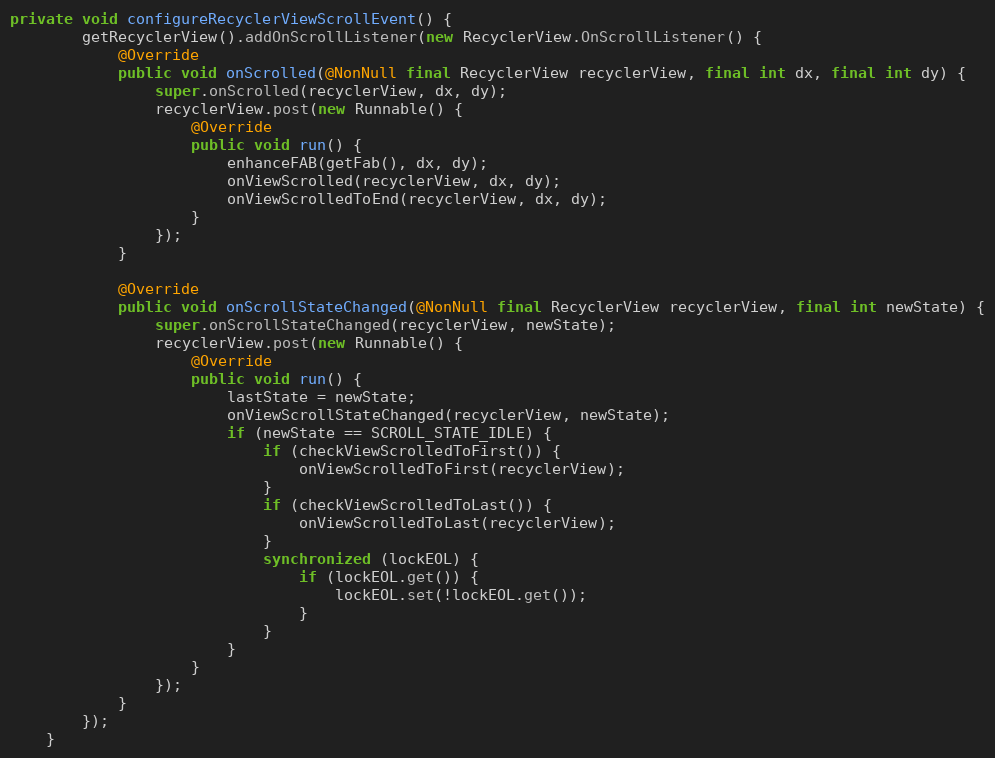
Language: Java
private void configureRecyclerViewScrollEvent() {
        getRecyclerView().addOnScrollListener(new RecyclerView.OnScrollListener() {
            @Override
            public void onScrolled(@NonNull final RecyclerView recyclerView, final int dx, final int dy) {
                super.onScrolled(recyclerView, dx, dy);
                recyclerView.post(new Runnable() {
                    @Override
                    public void run() {
                        enhanceFAB(getFab(), dx, dy);
                        onViewScrolled(recyclerView, dx, dy);
                        onViewScrolledToEnd(recyclerView, dx, dy);
                    }
                });
            }

            @Override
            public void onScrollStateChanged(@NonNull final RecyclerView recyclerView, final int newState) {
                super.onScrollStateChanged(recyclerView, newState);
                recyclerView.post(new Runnable() {
                    @Override
                    public void run() {
                        lastState = newState;
                        onViewScrollStateChanged(recyclerView, newState);
                        if (newState == SCROLL_STATE_IDLE) {
                            if (checkViewScrolledToFirst()) {
                                onViewScrolledToFirst(recyclerView);
                            }
                            if (checkViewScrolledToLast()) {
                                onViewScrolledToLast(recyclerView);
                            }
                            synchronized (lockEOL) {
                                if (lockEOL.get()) {
                                    lockEOL.set(!lockEOL.get());
                                }
                            }
                        }
                    }
                });
            }
        });
    }